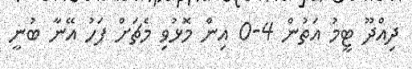
ދިއްދޫ ޓީމު އަތުން 4-0 އިން މޮޅުވި މެޗަށް ފަހު އޭނާ ބުނީ